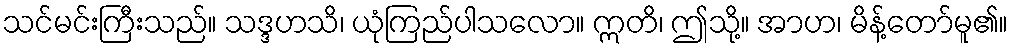
သင်မင်းကြီးသည်။ သဒ္ဒဟသိ၊ ယုံကြည်ပါသလော။ ဣတိ၊ ဤသို့။ အာဟ၊ မိန့်တော်မူ၏။